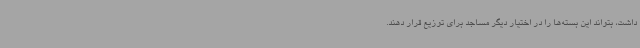
داشت، بتواند این بسته‌ها را در اختیار دیگر مساجد برای توزیع قرار دهند.